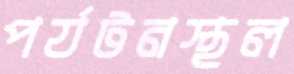
পর্যটনস্থল